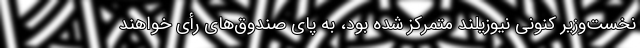
نخست‌وزیر کنونی نیوزیلند متمرکز شده بود، به پای صندوق‌های رأی خواهند